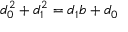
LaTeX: d _ { 0 } ^ { 2 } + d _ { 1 } ^ { 2 } = d _ { 1 } b + d _ { 0 }